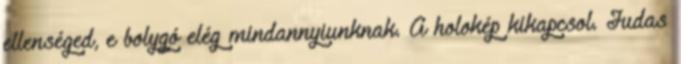
ellenséged, e bolygó elég mindannyiunknak. A holokép kikapcsol. Judas